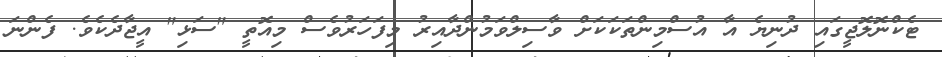
ޓެކްނޮލޮޖީގައި ދުނިޔެ އާ އުސްމިންތަކަކަށް ވާސިލްވަމުންދާއިރު މިފަހަރުވެސް މިއޮތީ "ސަޅި" އީޖާދެކެވެ. ފެންނަ